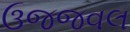
ઉજજવલ